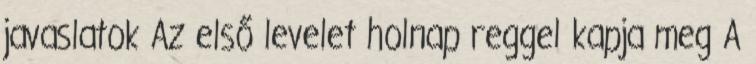
javaslatok Az első levelet holnap reggel kapja meg A